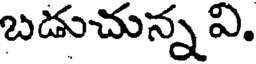
బడుచున్న వి.